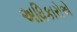
અધિકારોએ